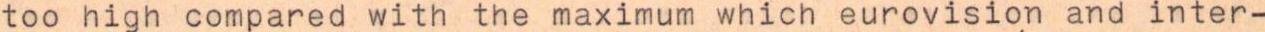
too high compared with the maximum which eurovision and inter-